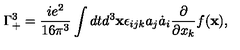
\Gamma _ { + } ^ { 3 } = \frac { i e ^ { 2 } } { 1 6 \pi ^ { 3 } } \int d t d ^ { 3 } { \bf x } \epsilon _ { i j k } a _ { j } \dot { a } _ { i } \frac { \partial } { \partial x _ { k } } f ( { \bf x } ) ,